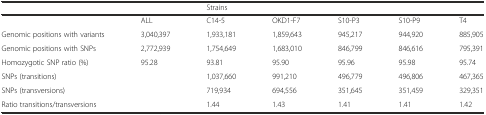
<table><thead><tr><td></td><td></td><td colspan="5"><b>Strains</b></td></tr></thead><tbody><tr><td></td><td>ALL</td><td>C14-5</td><td>OKD1-F7</td><td>S10-P3</td><td>S10-P9</td><td>T4</td></tr><tr><td>Genomic positions with variants</td><td>3,040,397</td><td>1,933,181</td><td>1,859,643</td><td>945,217</td><td>944,920</td><td>885,905</td></tr><tr><td>Genomic positions with SNPs</td><td>2,772,939</td><td>1,754,649</td><td>1,683,010</td><td>846,799</td><td>846,616</td><td>795,391</td></tr><tr><td>Homozygotic SNP ratio (%)</td><td>95.28</td><td>93.81</td><td>95.90</td><td>95.96</td><td>95.98</td><td>95.74</td></tr><tr><td>SNPs (transitions)</td><td></td><td>1,037,660</td><td>991,210</td><td>496,779</td><td>496,806</td><td>467,365</td></tr><tr><td>SNPs (transversions)</td><td></td><td>719,934</td><td>694,556</td><td>351,645</td><td>351,459</td><td>329,351</td></tr><tr><td>Ratio transitions/transversions</td><td></td><td>1.44</td><td>1.43</td><td>1.41</td><td>1.41</td><td>1.42</td></tr></tbody></table>